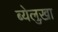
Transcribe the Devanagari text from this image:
ब्येलुख़ा